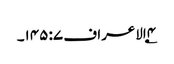
۴؂الاعراف ۷: ۱۴۵۔